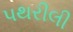
પથરીલી